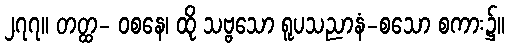
၂၇၇။ တတ္ထ- ဝစနေ၊ ထို သဗ္ဗသော ရူပသညာနံ-စသော စကား၌။